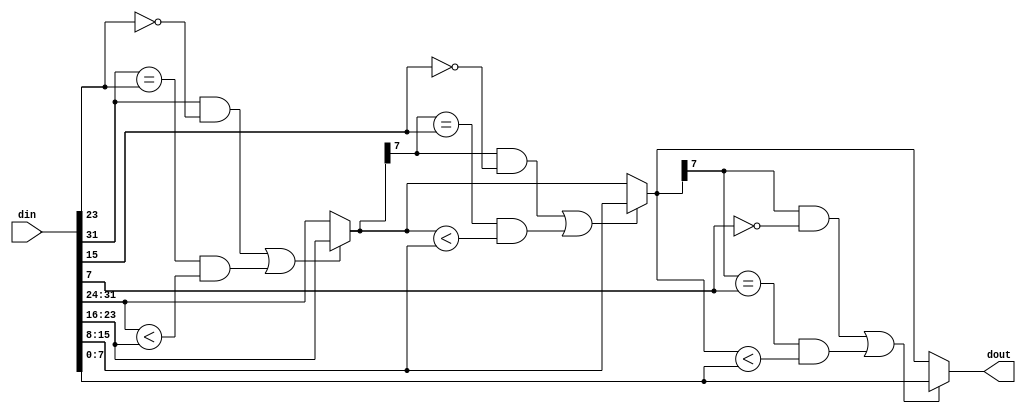
`timescale 1ns / 1ps
//////////////////////////////////////////////////////////////////////////////////
// Company: 
// Engineer: 
// 
// Design Name: 
// Module Name: max_pool
// Project Name: 
// Target Devices: 
// Tool Versions: 
// Description: 
// 
// Dependencies: 
// 
// Revision:
// Revision 0.01 - File Created
// Additional Comments:
// 
//////////////////////////////////////////////////////////////////////////////////

`define DATA_SIZE 8

module max_pool(
    din, dout
    );
    input [4*`DATA_SIZE-1:0] din;
    output [`DATA_SIZE-1:0] dout;
    
    wire [`DATA_SIZE-1:0] max_1;
    wire [`DATA_SIZE-1:0] max_2;
    
    assign max_1 = ((din[4*`DATA_SIZE-1] == 1'b1) && (din[3*`DATA_SIZE-1] == 1'b0) || ((din[4*`DATA_SIZE-1] == din[3*`DATA_SIZE-1]) && (din[4*`DATA_SIZE-1:3*`DATA_SIZE] < din[3*`DATA_SIZE-1:2*`DATA_SIZE]))) ? din[3*`DATA_SIZE-1:2*`DATA_SIZE] : din[4*`DATA_SIZE-1:3*`DATA_SIZE];
    
    assign max_2 = ((max_1[`DATA_SIZE-1] == 1'b1) && (din[2*`DATA_SIZE-1] == 1'b0) || ((max_1[`DATA_SIZE-1] == din[2*`DATA_SIZE-1]) && (max_1 < din[2*`DATA_SIZE-1:`DATA_SIZE]))) ? din[2*`DATA_SIZE-1:`DATA_SIZE] : max_1;
    
    assign dout = ((max_2[`DATA_SIZE-1] == 1'b1) && (din[`DATA_SIZE-1] == 1'b0) || ((max_2[`DATA_SIZE-1] == din[`DATA_SIZE-1]) && (max_2 < din[`DATA_SIZE-1:0]))) ? din[`DATA_SIZE-1:0] : max_2;
endmodule